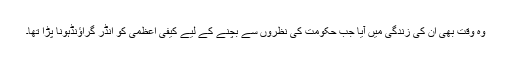
وہ وقت بھی ان کی زندگی میں آیا جب حکومت کی نظروں سے بچنے کے لیے کیفی اعظمی کو انڈر گراؤنڈہونا پڑا تھا۔